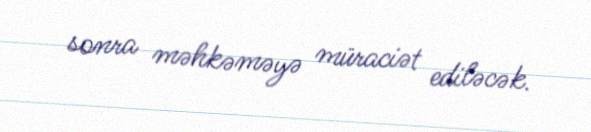
sonra məhkəməyə müraciət ediləcək.